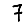
Digit: 7